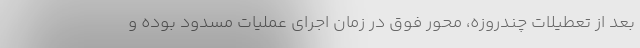
بعد از تعطیلات چندروزه، محور فوق در زمان اجرای عملیات مسدود بوده و